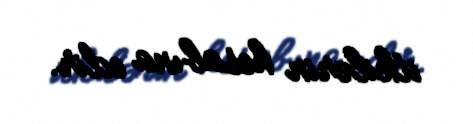
itkilərin hesabına edir.